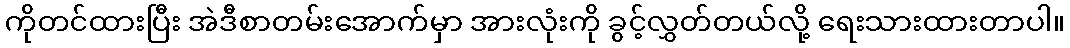
ကိုတင်ထားပြီး အဲဒီစာတမ်းအောက်မှာ အားလုံးကို ခွင့်လွှတ်တယ်လို့ ရေးသားထားတာပါ။